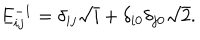
E _ { i j } ^ { - 1 } = \delta _ { i j } \sqrt { i } + \delta _ { i 0 } \delta _ { j 0 } \sqrt { 2 } .